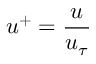
u ^ { + } = \frac { u } { u _ { \tau } }